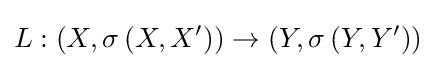
L:\left(X,\sigma \left(X,X^{\prime }\right)\right)\to \left(Y,\sigma \left(Y,Y^{\prime }\right)\right)